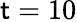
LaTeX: \mathsf{t}=10